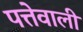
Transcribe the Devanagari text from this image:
पत्तेवाली